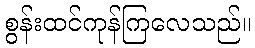
စွန်းထင်ကုန်ကြလေသည်။